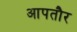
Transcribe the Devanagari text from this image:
आपतौर